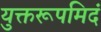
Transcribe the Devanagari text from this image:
युक्तरूपमिदं